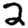
Digit: 2